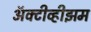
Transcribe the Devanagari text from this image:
ॲक्टीव्हीझम